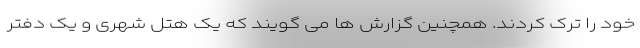
خود را ترک کردند. همچنین گزارش ها می گویند که یک هتل شهری و یک دفتر